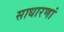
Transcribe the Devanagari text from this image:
साधारणां